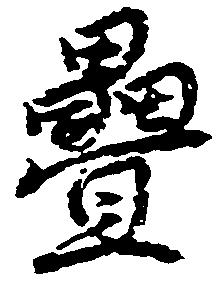
畳